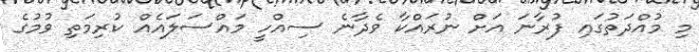
މި މުއްދަތުގައި ފުރާނަ އަށް ނުރައްކާ ވެދާނެ ސިއްހީ މައްސަލައެއް ކުރިމަތި ވުމުގެ